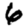
Digit: 6